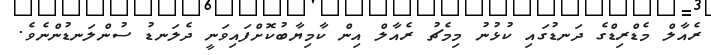
ރެއާލް މެޑްރިޑްގެ ދަނޑުގައި ކުޅުނު މިމެޗު ރެއާލް އިން ކާމިޔާބުކޮށްފައިވަނީ ދެލަނޑު ސުންލަނޑުންނެވެ.